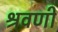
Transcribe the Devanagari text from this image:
श्रवणीं